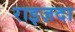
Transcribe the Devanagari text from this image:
राइज़दा